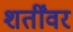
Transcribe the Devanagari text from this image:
शर्तींवर